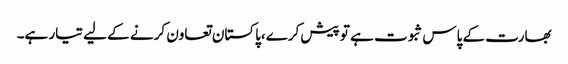
بھارت کے پاس ثبوت ہے تو پیش کرے،پاکستان تعاون کرنے کے لیے تیار ہے۔